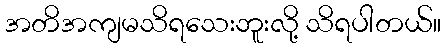
အတိအကျမသိရသေးဘူးလို့ သိရပါတယ်။